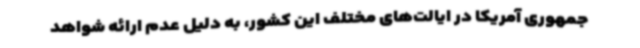
جمهوری آمریکا در ایالت‌های مختلف این کشور، به دلیل عدم ارائه شواهد